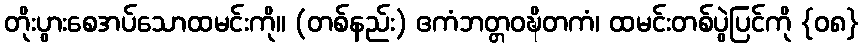
တိုးပွားစေအပ်သောထမင်းကို။ (တစ်နည်း) ဧကံဘတ္တဝဍ္ဎိတကံ၊ ထမင်းတစ်ပွဲပြင်ကို {၀၈}